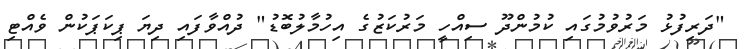
"ދަރިފުޅު މަރުވުމުގައި ކުމުންދޫ ސިއްހީ މަރުކަޒުގެ އިހުމާލުބޮޑު" ދުއްވާފައި ދިޔަ ޕިކަޕަކުން ވެއްޓި